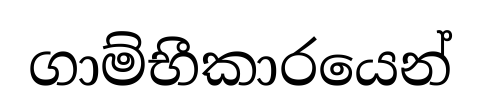
ගාම්භීකාරයෙන්